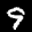
Label: 9